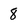
Character: 8